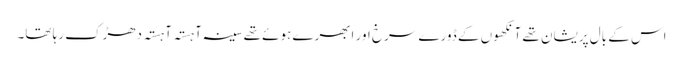
اس کے بال پریشان تھے آنکھوں کے ڈورے سرخ اور ابھرے ہوئے تھے سینہ آہستہ آہستہ دھڑک رہا تھا۔